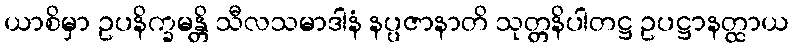
ယာစိမှာ ဥပနိက္ခမန္တိ သီလသမာဒါနံ နပ္ပဇာနာတိ သုတ္တနိပါတဋ္ဌ ဥပဋ္ဌာနတ္ထာယ